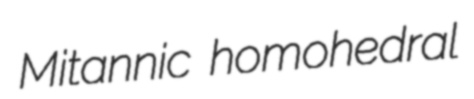
Mitannic homohedral